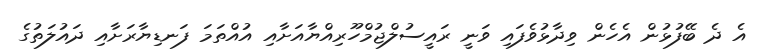
އެ ދެ ބޭފުޅުން އެހެން ވިދާޅުވެފައި ވަނީ ރައީސުލްޖުމްހޫރިއްޔާއަށާއި އުއްތަމަ ފަނޑިޔާރަށާއި ދައުލަތުގެ